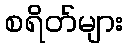
စရိတ်များ